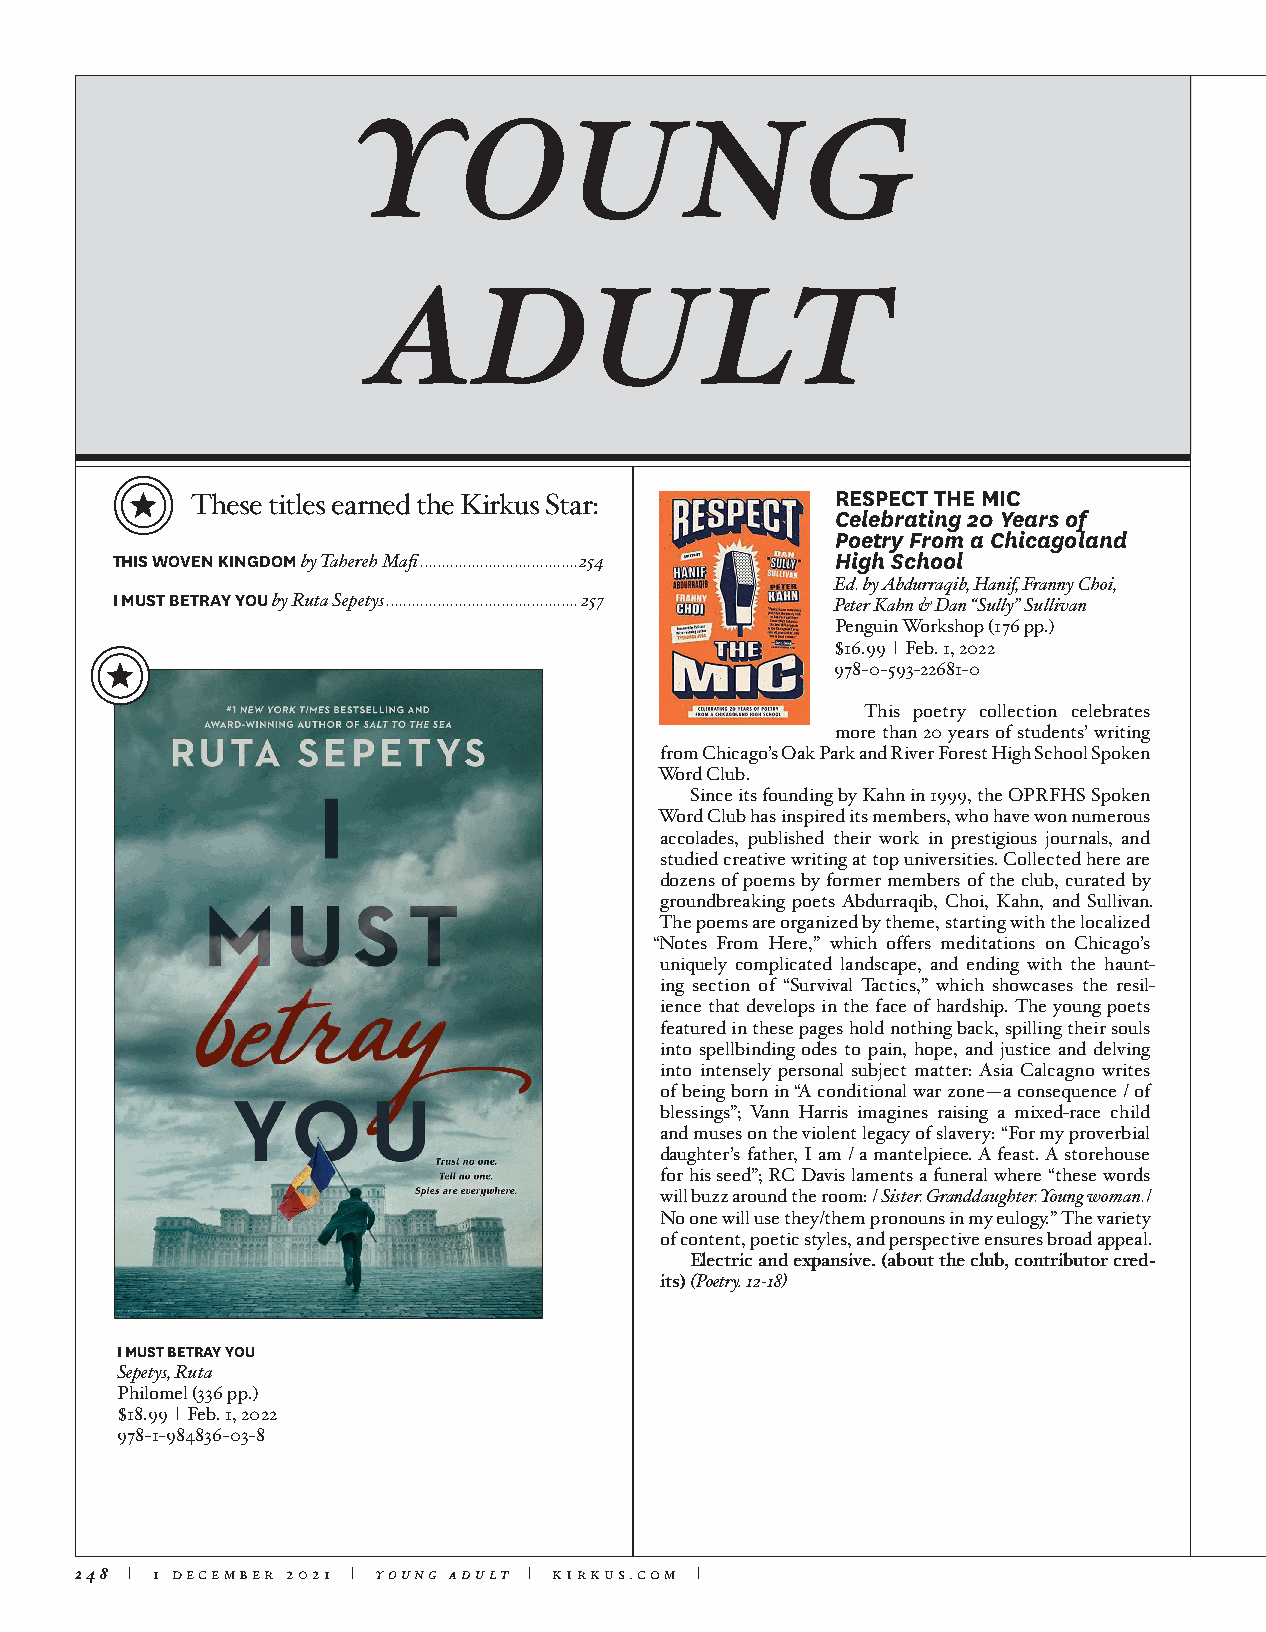
young
 adult
 RESPECT THE MIC
 These titles earned the Kirkus Star:
 Celebrating 20 Years of
 Poetry From a Chicagoland
 THIS WOVEN KINGDOM by Tahereh Mafi .....................................254 High School
 Ed. by Abdurraqib, Hanif, Franny Choi,
 I MUST BETRAY YOU by Ruta Sepetys .............................................257 Peter Kahn & Dan “Sully” Sullivan
 Penguin Workshop (176 pp.)
 $16.99 | Feb. 1, 2022
 978-0-593-22681-0
 This poetry collection celebrates
 more than 20 years of students’ writing
 from Chicago’s Oak Park and River Forest High School Spoken
 Word Club.
 Since its founding by Kahn in 1999, the OPRFHS Spoken
 Word Club has inspired its members, who have won numerous
 accolades, published their work in prestigious journals, and
 studied creative writing at top universities. Collected here are
 dozens of poems by former members of the club, curated by
 groundbreaking poets Abdurraqib, Choi, Kahn, and Sullivan.
 The poems are organized by theme, starting with the localized
 “Notes From Here,” which offers meditations on Chicago’s
 uniquely complicated landscape, and ending with the haunt-
 ing section of “Survival Tactics,” which showcases the resil-
 ience that develops in the face of hardship. The young poets
 featured in these pages hold nothing back, spilling their souls
 into spellbinding odes to pain, hope, and justice and delving
 into intensely personal subject matter: Asia Calcagno writes
 of being born in “A conditional war zone—a consequence / of
 blessings”; Vann Harris imagines raising a mixed-race child
 and muses on the violent legacy of slavery: “For my proverbial
 daughter’s father, I am / a mantelpiece. A feast. A storehouse
 for his seed”; RC Davis laments a funeral where “these words
 will buzz around the room: / Sister. Granddaughter. Young woman./
 No one will use they/them pronouns in my eulogy.” The variety
 of content, poetic styles, and perspective ensures broad appeal.
 Electric and expansive. (about the club, contributor cred-
 its) (Poetry. 12-18)
 I MUST BETRAY YOU
 Sepetys, Ruta
 Philomel (336 pp.)
 $18.99 | Feb. 1, 2022
 978-1-984836-03-8
 248 | 1 december 2021 | young adult | kirkus.com |